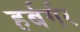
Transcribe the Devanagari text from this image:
हर्बर्गर